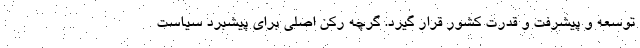
توسعه و پیشرفت و قدرت کشور قرار گیرد. گرچه رکن اصلی برای پیشبرد سیاست